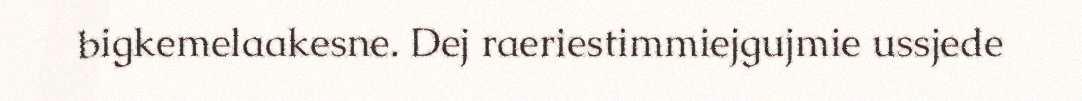
bigkemelaakesne. Dej raeriestimmiejgujmie ussjede